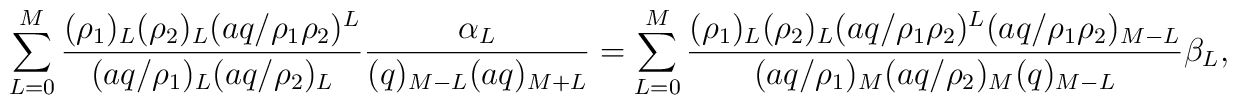
\sum_{L=0}^M \frac{(\rho_1)_L (\rho_2)_L (aq/\rho_1\rho_2)^L}{(aq/\rho_1)_L (aq/\rho_2)_L} \frac{\alpha_L}{(q)_{M-L} (aq)_{M+L}}=\sum_{L=0}^M \frac{(\rho_1)_L (\rho_2)_L (aq/\rho_1\rho_2)^L (aq/\rho_1\rho_2)_{M-L}}{(aq/\rho_1)_M (aq/\rho_2)_M (q)_{M-L}}\beta_L,